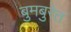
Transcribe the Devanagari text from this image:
बुमबुरेत